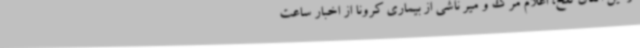
از این اتفاق تلخ، اعلام مرگ و میر ناشی از بیماری کرونا از اخبار ساعت